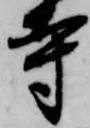
寺